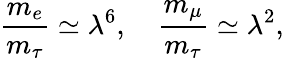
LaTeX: \frac{m_{e}}{m_{\tau}}\simeq\lambda^{6},\quad\frac{m_{\mu}}{m_{\tau}}\simeq\lambda^{2},